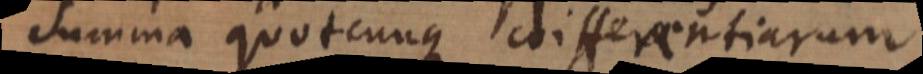
um quotcunque differentiarum